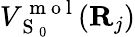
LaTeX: V_{\mathrm{~S~}_{0}}^{\mathrm{~m~o~l~}}({\mathbf{R}}_{j})